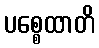
ပစ္စေထာတိ